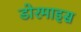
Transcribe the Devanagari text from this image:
डोरमाइस